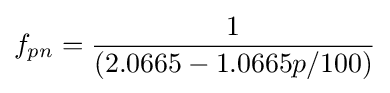
f_{pn}={1 \over (2.0665-1.0665p/100)}